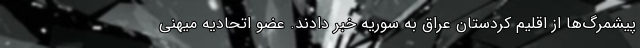
پیشمرگ‌ها از اقلیم کردستان عراق به سوریه خبر دادند. عضو اتحادیه میهنی